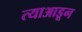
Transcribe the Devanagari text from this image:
त्याआडून